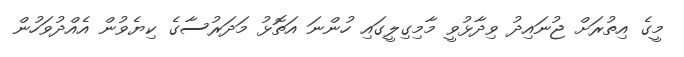
މީގެ އިތުރަށް ޖުނައިދު ވިދާޅުވީ މާމިގިލީގައި ހުންނަ އަތޮޅު މަދަރުސާގެ ކިޔެވުން އެއްދުވަހުން